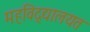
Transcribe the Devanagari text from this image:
महविद्द्यालयत